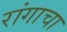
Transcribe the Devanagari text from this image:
रांगाचा